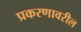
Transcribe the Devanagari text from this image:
प्रकरणावरील